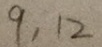
9 , 1 2